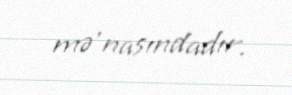
mə'nasındadır.